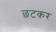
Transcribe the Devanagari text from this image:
छटकर